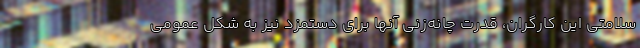
سلامتی این کارگران، قدرت چانه‌زنی آنها برای دستمزد نیز به شکل عمومی